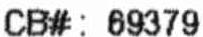
CB#: 69379